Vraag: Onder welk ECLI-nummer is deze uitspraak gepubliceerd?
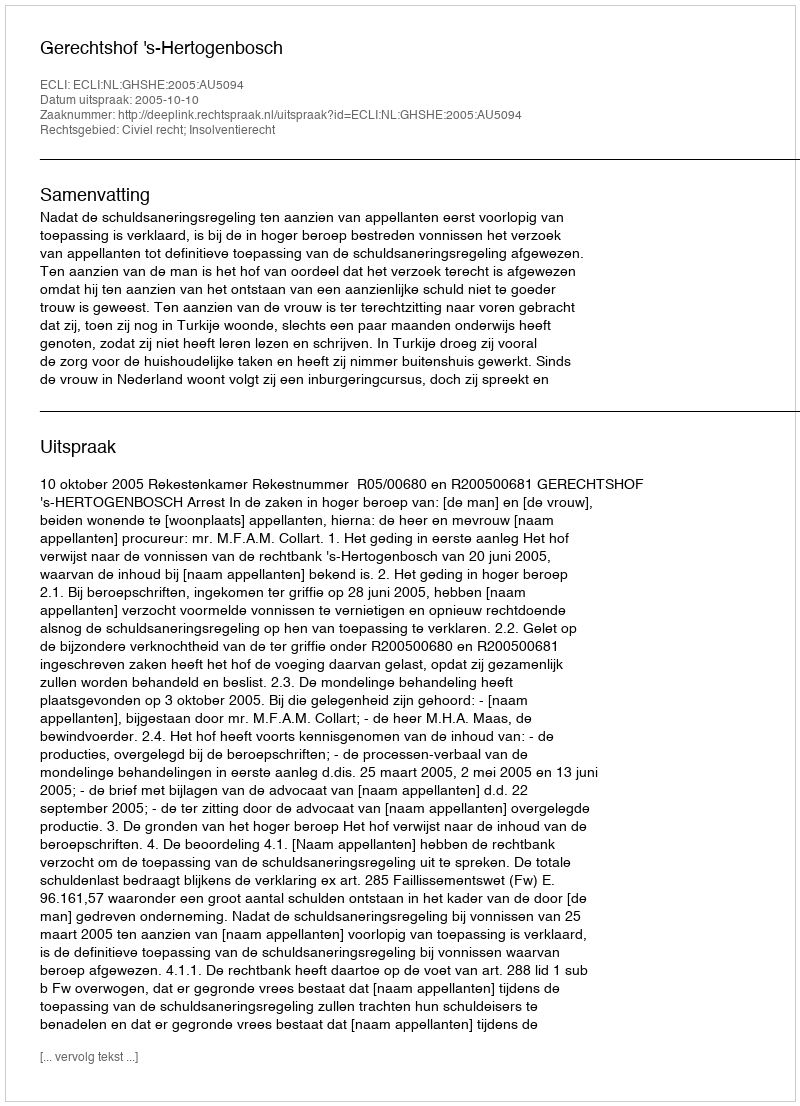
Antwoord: ECLI:NL:GHSHE:2005:AU5094